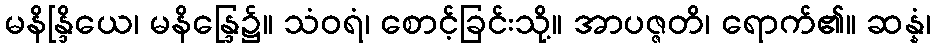
မနိန္ဒြိယေ၊ မနိန္ဒြေ၌။ သံဝရံ၊ စောင့်ခြင်းသို့။ အာပဇ္ဇတိ၊ ရောက်၏။ ဆန္နံ၊